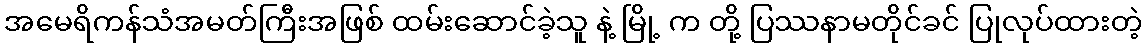
အမေရိကန်သံအမတ်ကြီးအဖြစ် ထမ်းဆောင်ခဲ့သူ နဲ့ မြို့ က တို့ ပြဿနာမတိုင်ခင် ပြုလုပ်ထားတဲ့